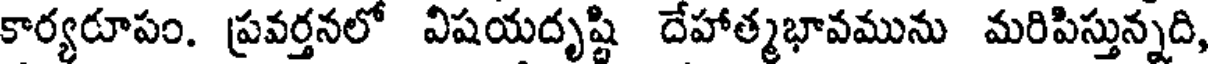
కార్యరూపం. ప్రవర్తనలో విషయదృష్టి దేహాత్మభావమును మరిపిస్తున్నది,